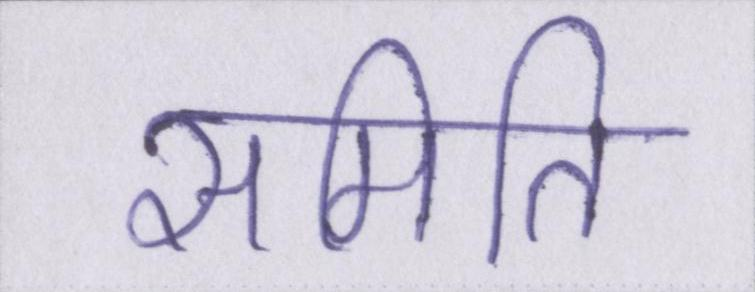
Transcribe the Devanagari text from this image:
समिति